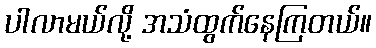
ပါလာမယ်လို့ အသံထွက်နေကြတယ်။